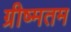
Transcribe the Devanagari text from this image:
ग्रीष्मतम